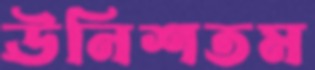
ঊনিশতম